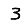
Digit: 3